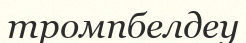
тромпбелдеу